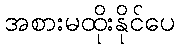
အစားမထိုးနိုင်ပေ